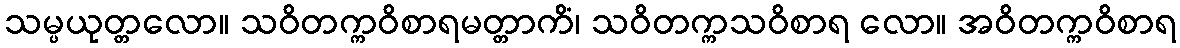
သမ္ပယုတ္တလော။ သဝိတက္ကဝိစာရမတ္တာကိံ၊ သဝိတက္ကသဝိစာရ လော။ အဝိတက္ကဝိစာရ